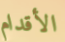
الأقدام